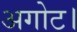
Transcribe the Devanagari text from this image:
अगोट।